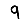
Digit: 9